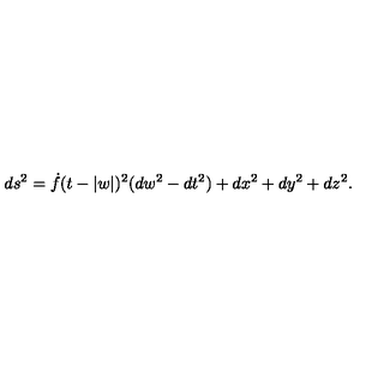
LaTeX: d s ^ { 2 } = \dot { f } ( t - | w | ) ^ { 2 } ( d w ^ { 2 } - d t ^ { 2 } ) + d x ^ { 2 } + d y ^ { 2 } + d z ^ { 2 } .